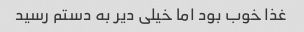
غذا خوب بود اما خیلی دیر به دستم رسید